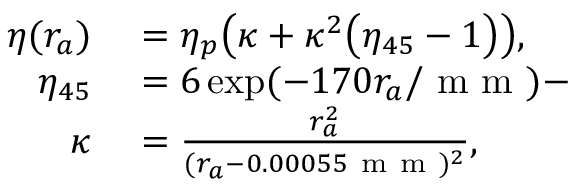
\begin{array} { r l } { \eta ( r _ { a } ) } & { { } = \eta _ { p } \bigl ( \kappa + \kappa ^ { 2 } \bigl ( \eta _ { 4 5 } - 1 \bigr ) \bigr ) , } \\ { \eta _ { 4 5 } } & { { } = 6 \exp ( - 1 7 0 r _ { a } / \mathrm { ~ m ~ m ~ } ) - } \\ { \kappa } & { { } = \frac { r _ { a } ^ { 2 } } { ( r _ { a } - 0 . 0 0 0 5 5 \mathrm { ~ m ~ m ~ } ) ^ { 2 } } , } \end{array}